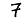
Digit: 7